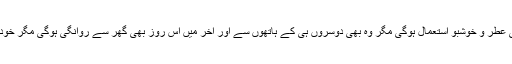
اس روز بھی عطر و خوشبو استعمال ہوگی مگر وہ بھی دوسروں ہی کے ہاتھوں سے اور آخر میں اس روز بھی گھر سے روانگی ہوگی مگر خود چل کرنہیں۔